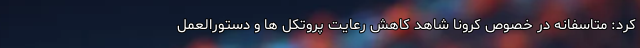
کرد: متاسفانه در خصوص کرونا شاهد کاهش رعایت پروتکل ها و دستورالعمل